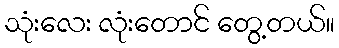
သုံးလေး လုံးတောင် တွေ့တယ်။